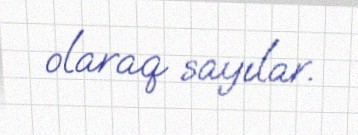
olaraq sayılar.